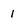
Character: 1